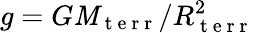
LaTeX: g=G\mathit{M}_{\mathrm{{~t~e~r~r~}}}/R_{\mathrm{{~t~e~r~r~}}}^{2}